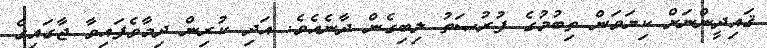
ޤައިދީންނަށް ކިޔަވަން ތިބުމުގެ ފުރުޞަތު ލިބިގެން ދާނެއެވެ. އަދި ކުރިން ދިމާވެފައިވާ ޖާގައިގެ